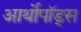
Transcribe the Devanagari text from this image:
आर्थोपॉड्स